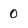
Character: 0